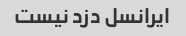
ایرانسل دزد نیست